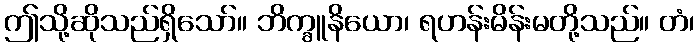
ဤသို့ဆိုသည်ရှိသော်။ ဘိက္ခူနိယော၊ ရဟန်းမိန်းမတို့သည်။ တံ၊